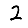
Digit: 2